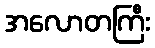
အလောတကြီး